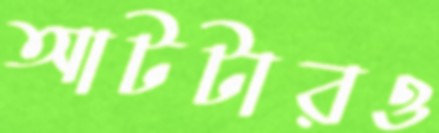
আটটারও